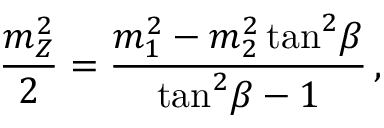
\frac { m _ { Z } ^ { 2 } } { 2 } = \frac { m _ { 1 } ^ { 2 } - m _ { 2 } ^ { 2 } \tan ^ { 2 } \! \beta } { \tan ^ { 2 } \! \beta - 1 } \, ,